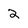
Character: 2